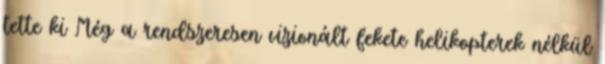
tette ki Még a rendszeresen vizionált fekete helikopterek nélkül